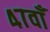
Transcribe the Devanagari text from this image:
४७वाँ